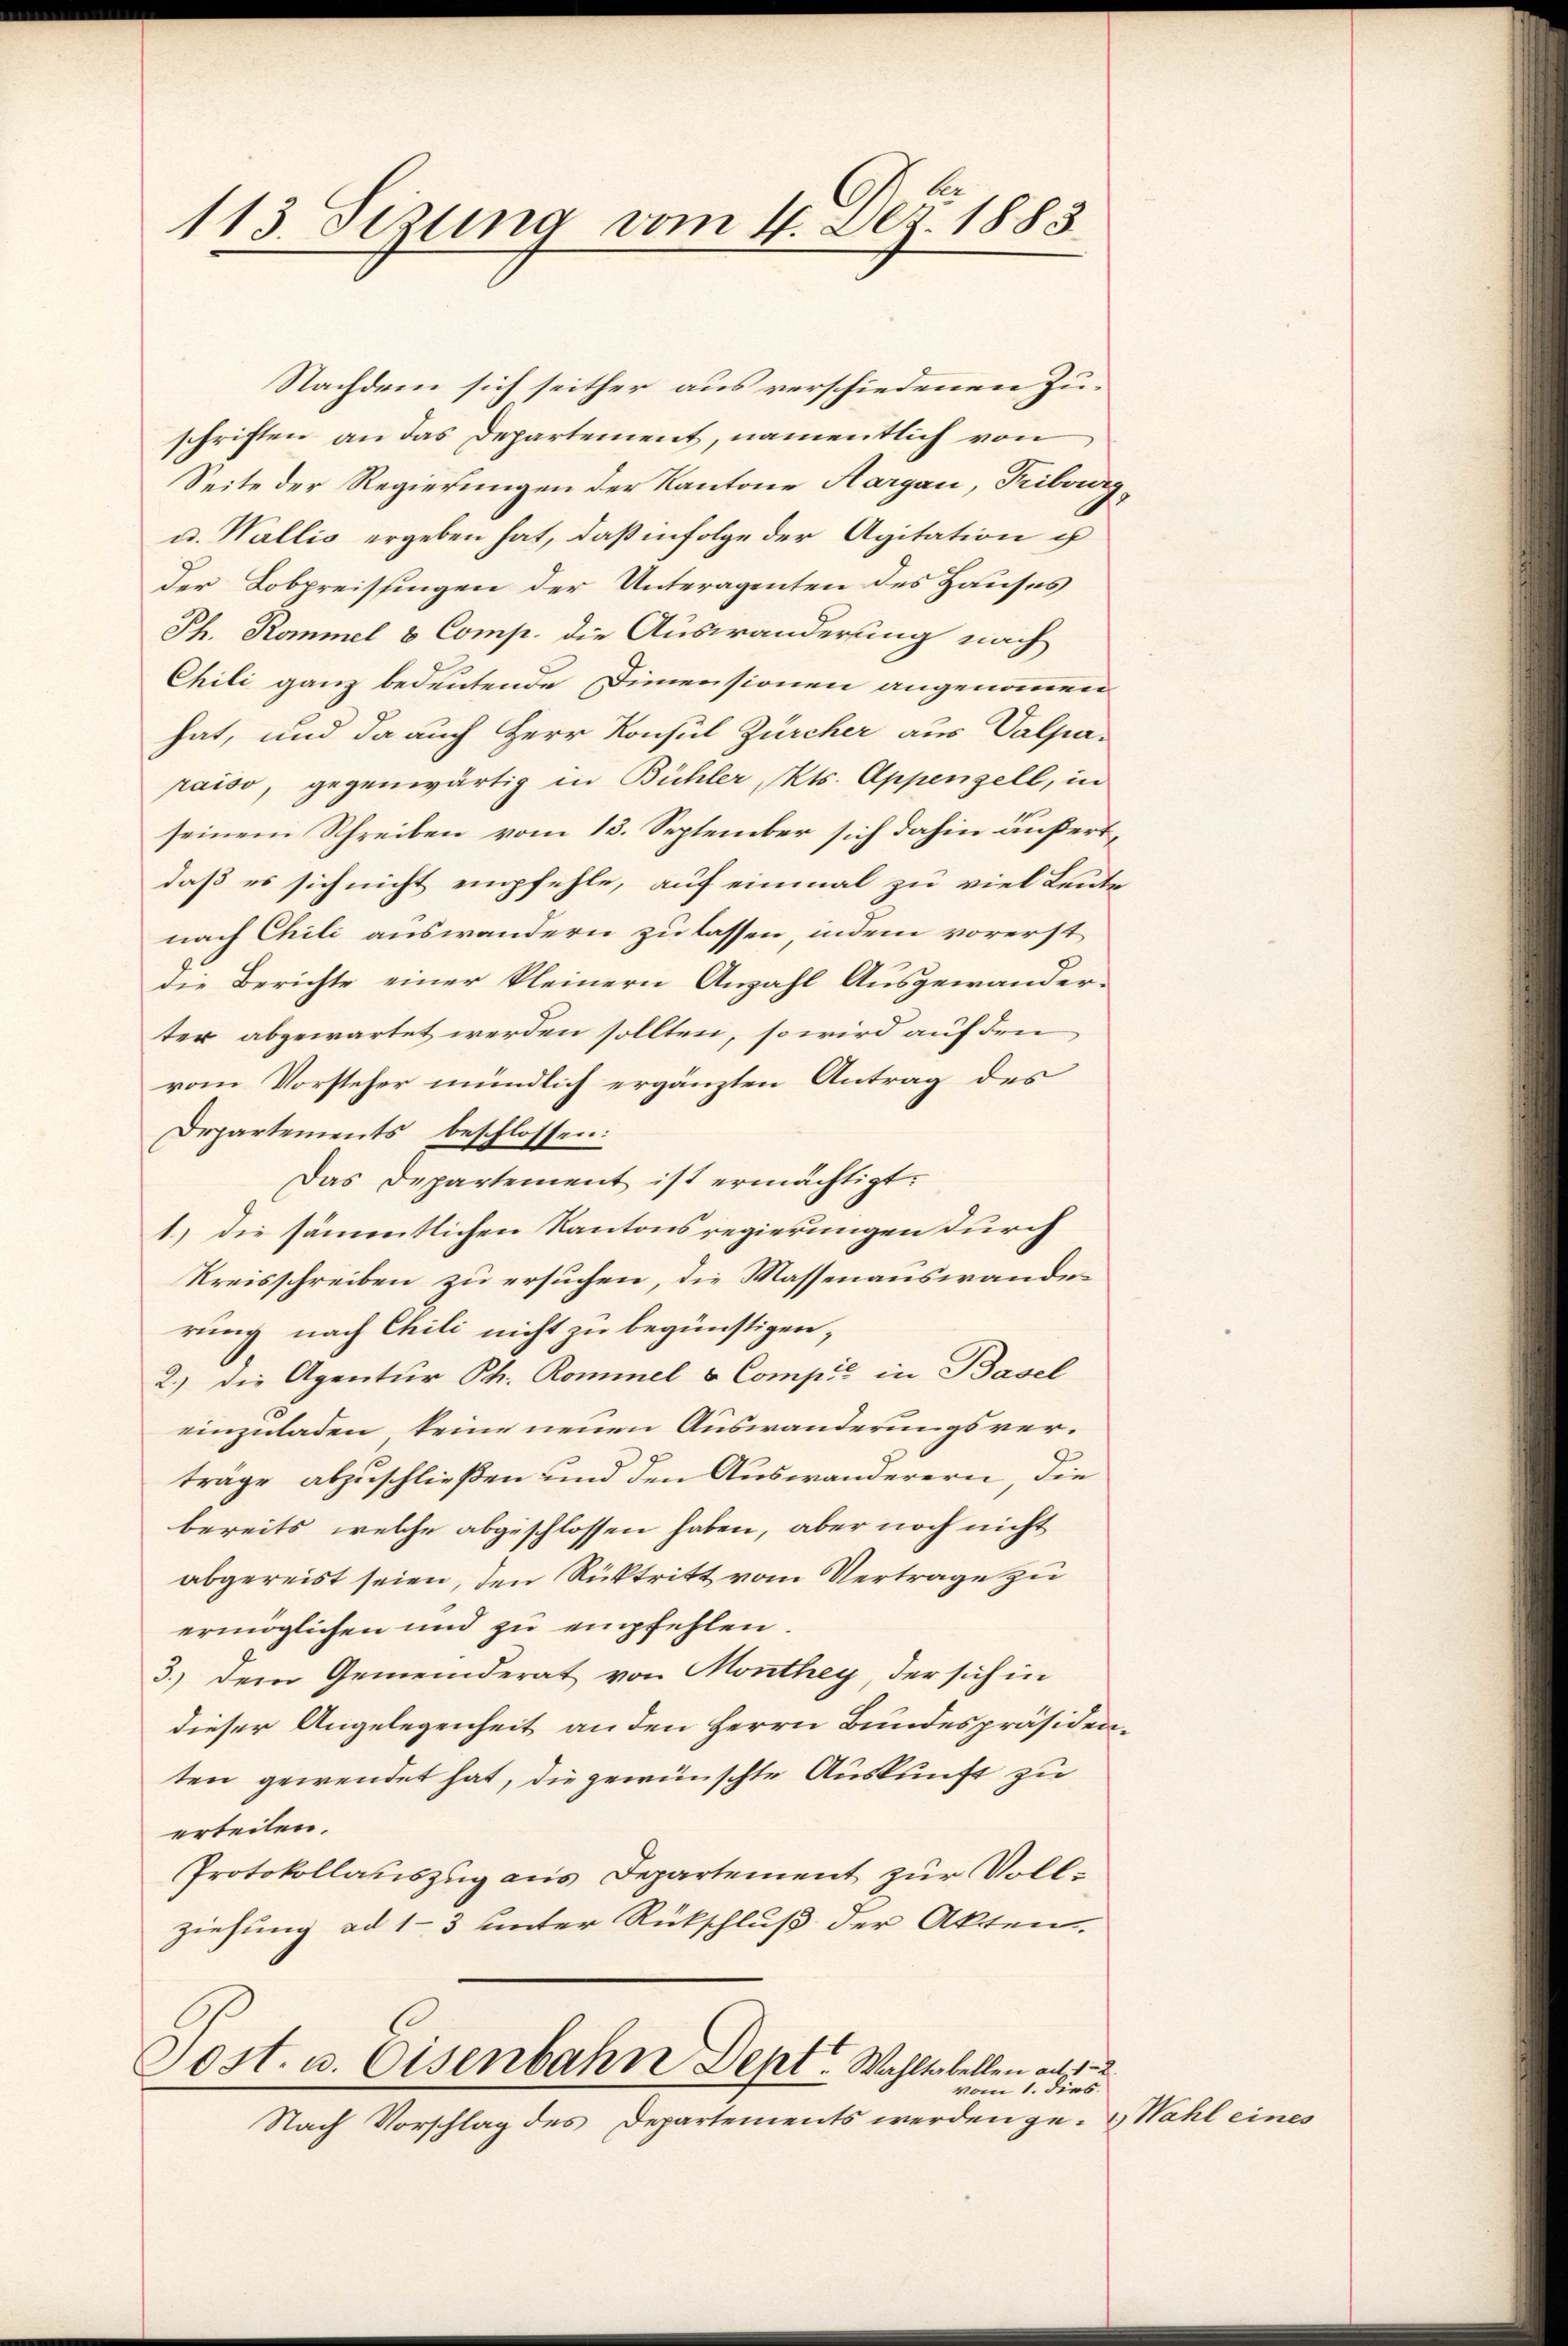
113. Sizung vom 4. Dez. 1883

Nachdem sich seither aus verschiedenen Zuschriften an das Departement, namentlich von
Seite der Regierungen der Kantone Aargau, Tribourg
u. Wallis ergeben hat, daß infolge der Agitation ih
der Lobpreisingen der Unteragenten des Hauses
Ph. Rommel 8 Comp. die Auswanderung nach
Chili ganz bedeutende Dimensionen angenommen
hat, und da auch Herr Konsul Zürcher aus Valpa-
raiso, gegenwärtig in Bühler, Kts. Appenzell, in
seinem Schreiben vom 13. September sich dahin äußert,
daß es sich nicht empfehle, auf einmal zu viel Leute
nach Chili auswandern zu lassen, indem vorerst
die Berichte einer kleinern Anzahl Ausgewanderter abgewartet werden sollten, so wird auf den
vom Vorsteher mündlich ergänzten Antrag des
Departements beschlossen:
Das Departement ist ermächtigt.
1) die sämmtlichen Kantonsregierungen durch
Kreisschreiben zu ersuchen, die Massenauswandes
rung nach Chili nicht zu begünstigen,
2.) Die Agentur Ph. Rommel & Compić in Basel
einzuladen keine neuen Auswanderungsverträge abzuschließen und den Auswanderern, die
bereits, welche abgeschlossen haben, aber noch nicht
abgereist seien, den Rücktritt vom Vertrage zu
ermöglichen und zu empfehlen.
3.) Dem Gemeinderat von Monthey, der sich in
dieser Angelegenheit an den Herrn Bundespräsidenten gewendet hat, die gewünschte Auskunft zu
erteilen.
Protokollauszug aus Departement zur Vollziehung ad 1-3 unter Rückschluß der Akten.
Tost. u. Eisenbahn Sept. Wahltabellen ad 1. 2.
vom 1. dies
Nach Vorschlag des Departements werden ge- & Wahl eines